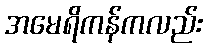
အမေရိကန်ကလည်း